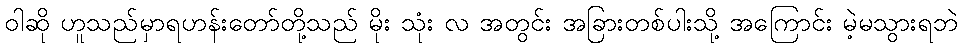
ဝါဆို ဟူသည်မှာရဟန်းတော်တို့သည် မိုး သုံး လ အတွင်း အခြားတစ်ပါးသို့ အကြောင်း မဲ့မသွားရဘဲ